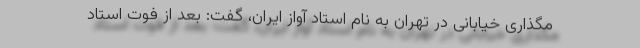
مگذاری خیابانی در تهران به نام استاد آواز ایران، گفت: بعد از فوت استاد